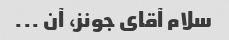
سلام آقای جونز، آن ...